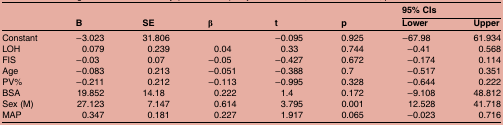
|  |  |  |  |  |  | <COLSPAN=2> 95% CIs |
 |  | B | SE | β | t | p | Lower | Upper |
 | --- | --- | --- | --- | --- | --- | --- | --- |
 | Constant | −3.023 | 31.806 |  | −0.095 | 0.925 | −67.98 | 61.934 |
 | LOH | 0.079 | 0.239 | 0.04 | 0.33 | 0.744 | −0.41 | 0.568 |
 | FIS | −0.03 | 0.07 | −0.05 | −0.427 | 0.672 | −0.174 | 0.114 |
 | Age | −0.083 | 0.213 | −0.051 | −0.388 | 0.7 | −0.517 | 0.351 |
 | PV% | −0.211 | 0.212 | −0.113 | −0.995 | 0.328 | −0.644 | 0.222 |
 | BSA | 19.852 | 14.18 | 0.222 | 1.4 | 0.172 | −9.108 | 48.812 |
 | Sex (M) | 27.123 | 7.147 | 0.614 | 3.795 | 0.001 | 12.528 | 41.718 |
 | MAP | 0.347 | 0.181 | 0.227 | 1.917 | 0.065 | −0.023 | 0.716 |